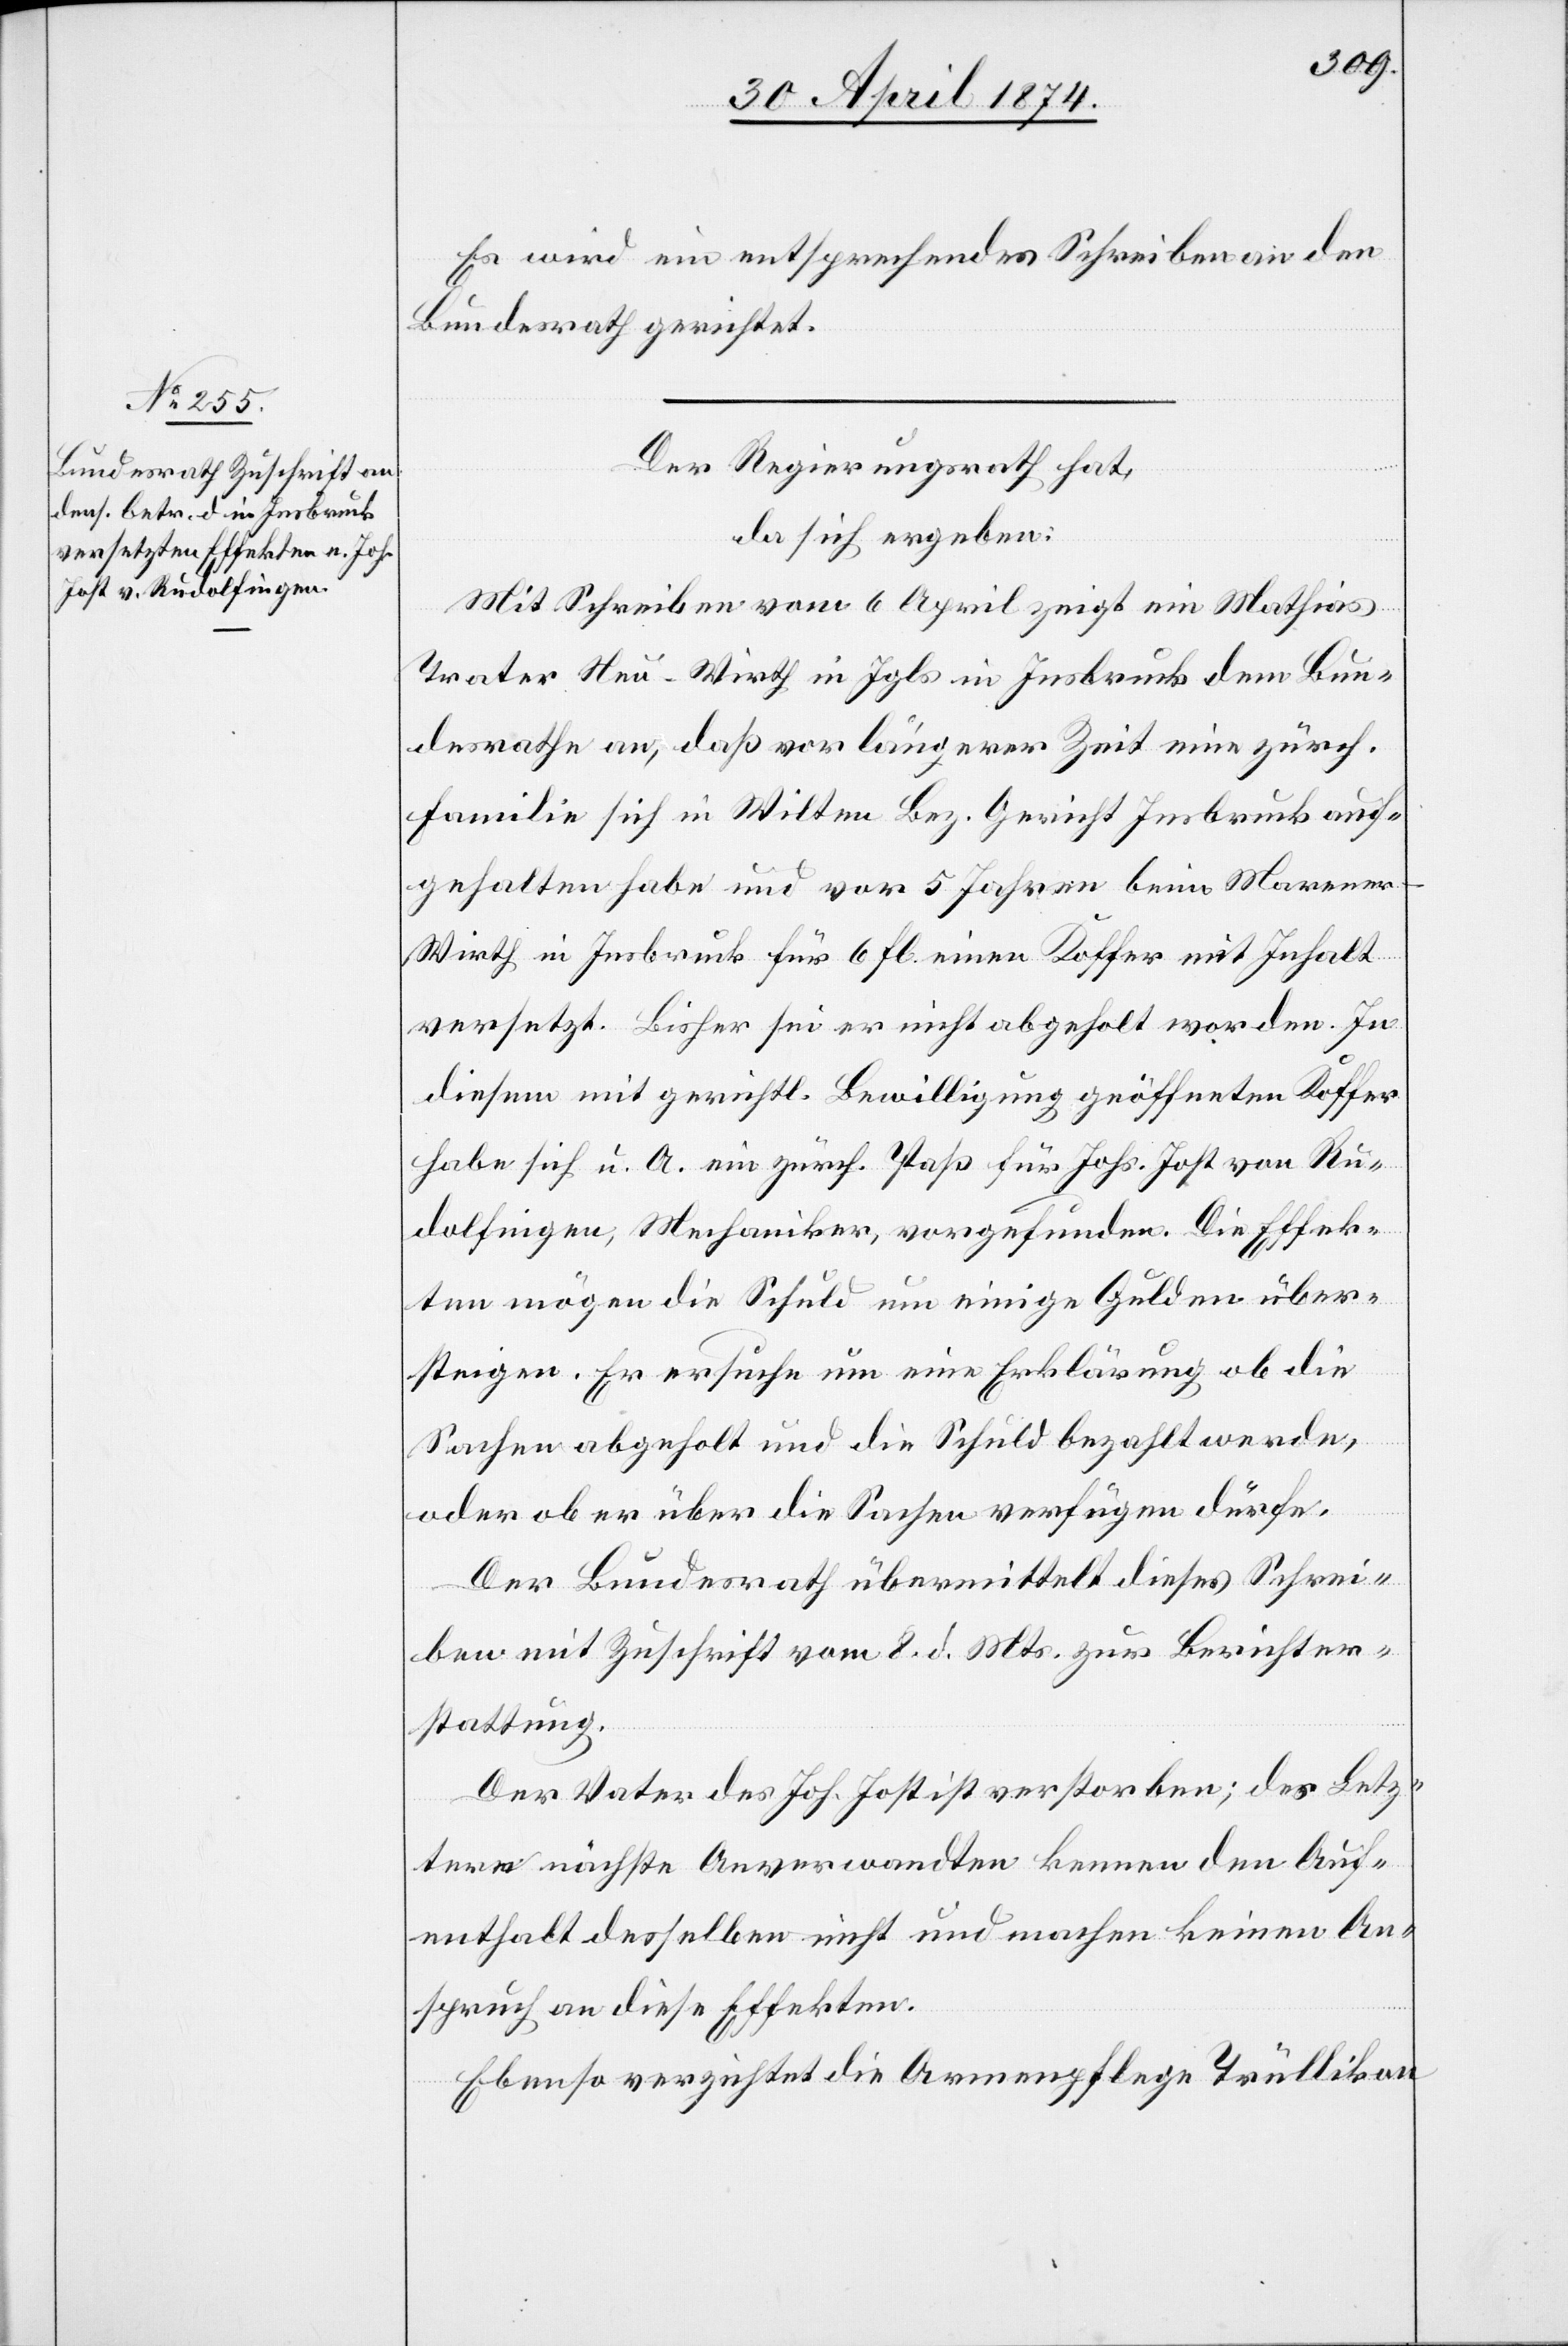
30. April 1874.]
Es wird ein entsprechendes Schreiben an den
Bundesrath gerichtet.
Der Regierungsrath hat,
da sich ergeben:
Mit Schreiben vom 6. April zeigt ein Mathias
Trater Heu-Wirth in Igls in Insbruck dem Bun¬
desrathe an, daß vor längerer Zeit eine zürch.
Familie sich in Wilten Bez. Gericht Insbruck auf¬
gehalten habe und vor 5 Jahren beim Marene¬
r-Wirth in Insbruck für 6 fl. einen Koffer mit Inhalt
versetzt. Bisher sei er nicht abgeholt worden. In
diesem mit gerichtl. Bewilligung geöffneten Koffer
habe sich u. A. ein zürch. Paß für Johs. Jost von Ru¬
dolfingen, Mechaniker, vorgefunden. Die Effek¬
ten mögen die Schuld um einige Gulden über¬
steigen. Er ersuche um eine Erklärung ob die
Sachen abgeholt und die Schuld bezahlt werde,
oder ob er über die Sachen verfügen dürfe.
Der Bundesrath übermittelt dieses Schrei¬
ben mit Zuschrift vom 8. d. Mts. zur Berichter¬
stattung.
Der Vater des Joh. Jost ist verstorben; des Letz¬
tern nächste Anverwandten kennen den Auf¬
enthalt desselben nicht und machen keinen An¬
spruch an diese Effekten.
Ebenso verzichtet die Armenpflege Trüllikon